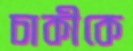
চাকীকে